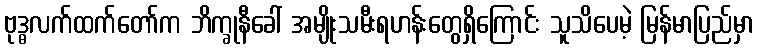
ဗုဒ္ဓလက်ထက်တော်က ဘိက္ခုနီခေါ် အမျိုးသမီးရဟန်းတွေရှိကြောင်း သူသိပေမဲ့ မြန်မာပြည်မှာ